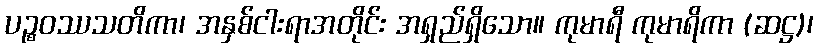
ပဉ္စဝဿသတိကာ၊ အနှစ်ငါးရာအတိုင်း အရှည်ရှိသော။ ကုမာရီ ကုမာရိကာ (ဆဋ္ဌ)၊